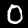
Label: 0